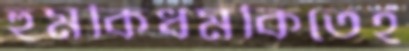
হুমকিধমকিতেই